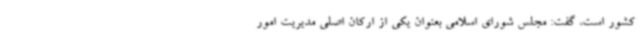
کشور است، گفت: مجلس شورای اسلامی بعنوان یکی از ارکان اصلی مدیریت امور